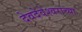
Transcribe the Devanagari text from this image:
देवदेवेश्वराच्या